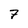
Character: 7